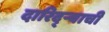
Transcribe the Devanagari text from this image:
दारिद्ऱ्याची